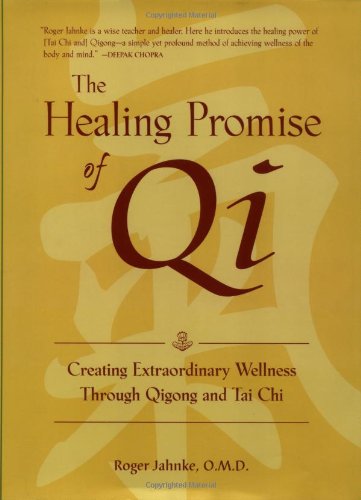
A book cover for The Healing Promise of Qi: Creating Extraordinary Wellness Through Qigong and Tai Chi; Roger Jahnke; Health, Fitness & Dieting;